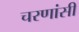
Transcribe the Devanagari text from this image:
चरणांसी